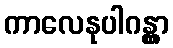
ကာလေနုပါဂန္တွာ